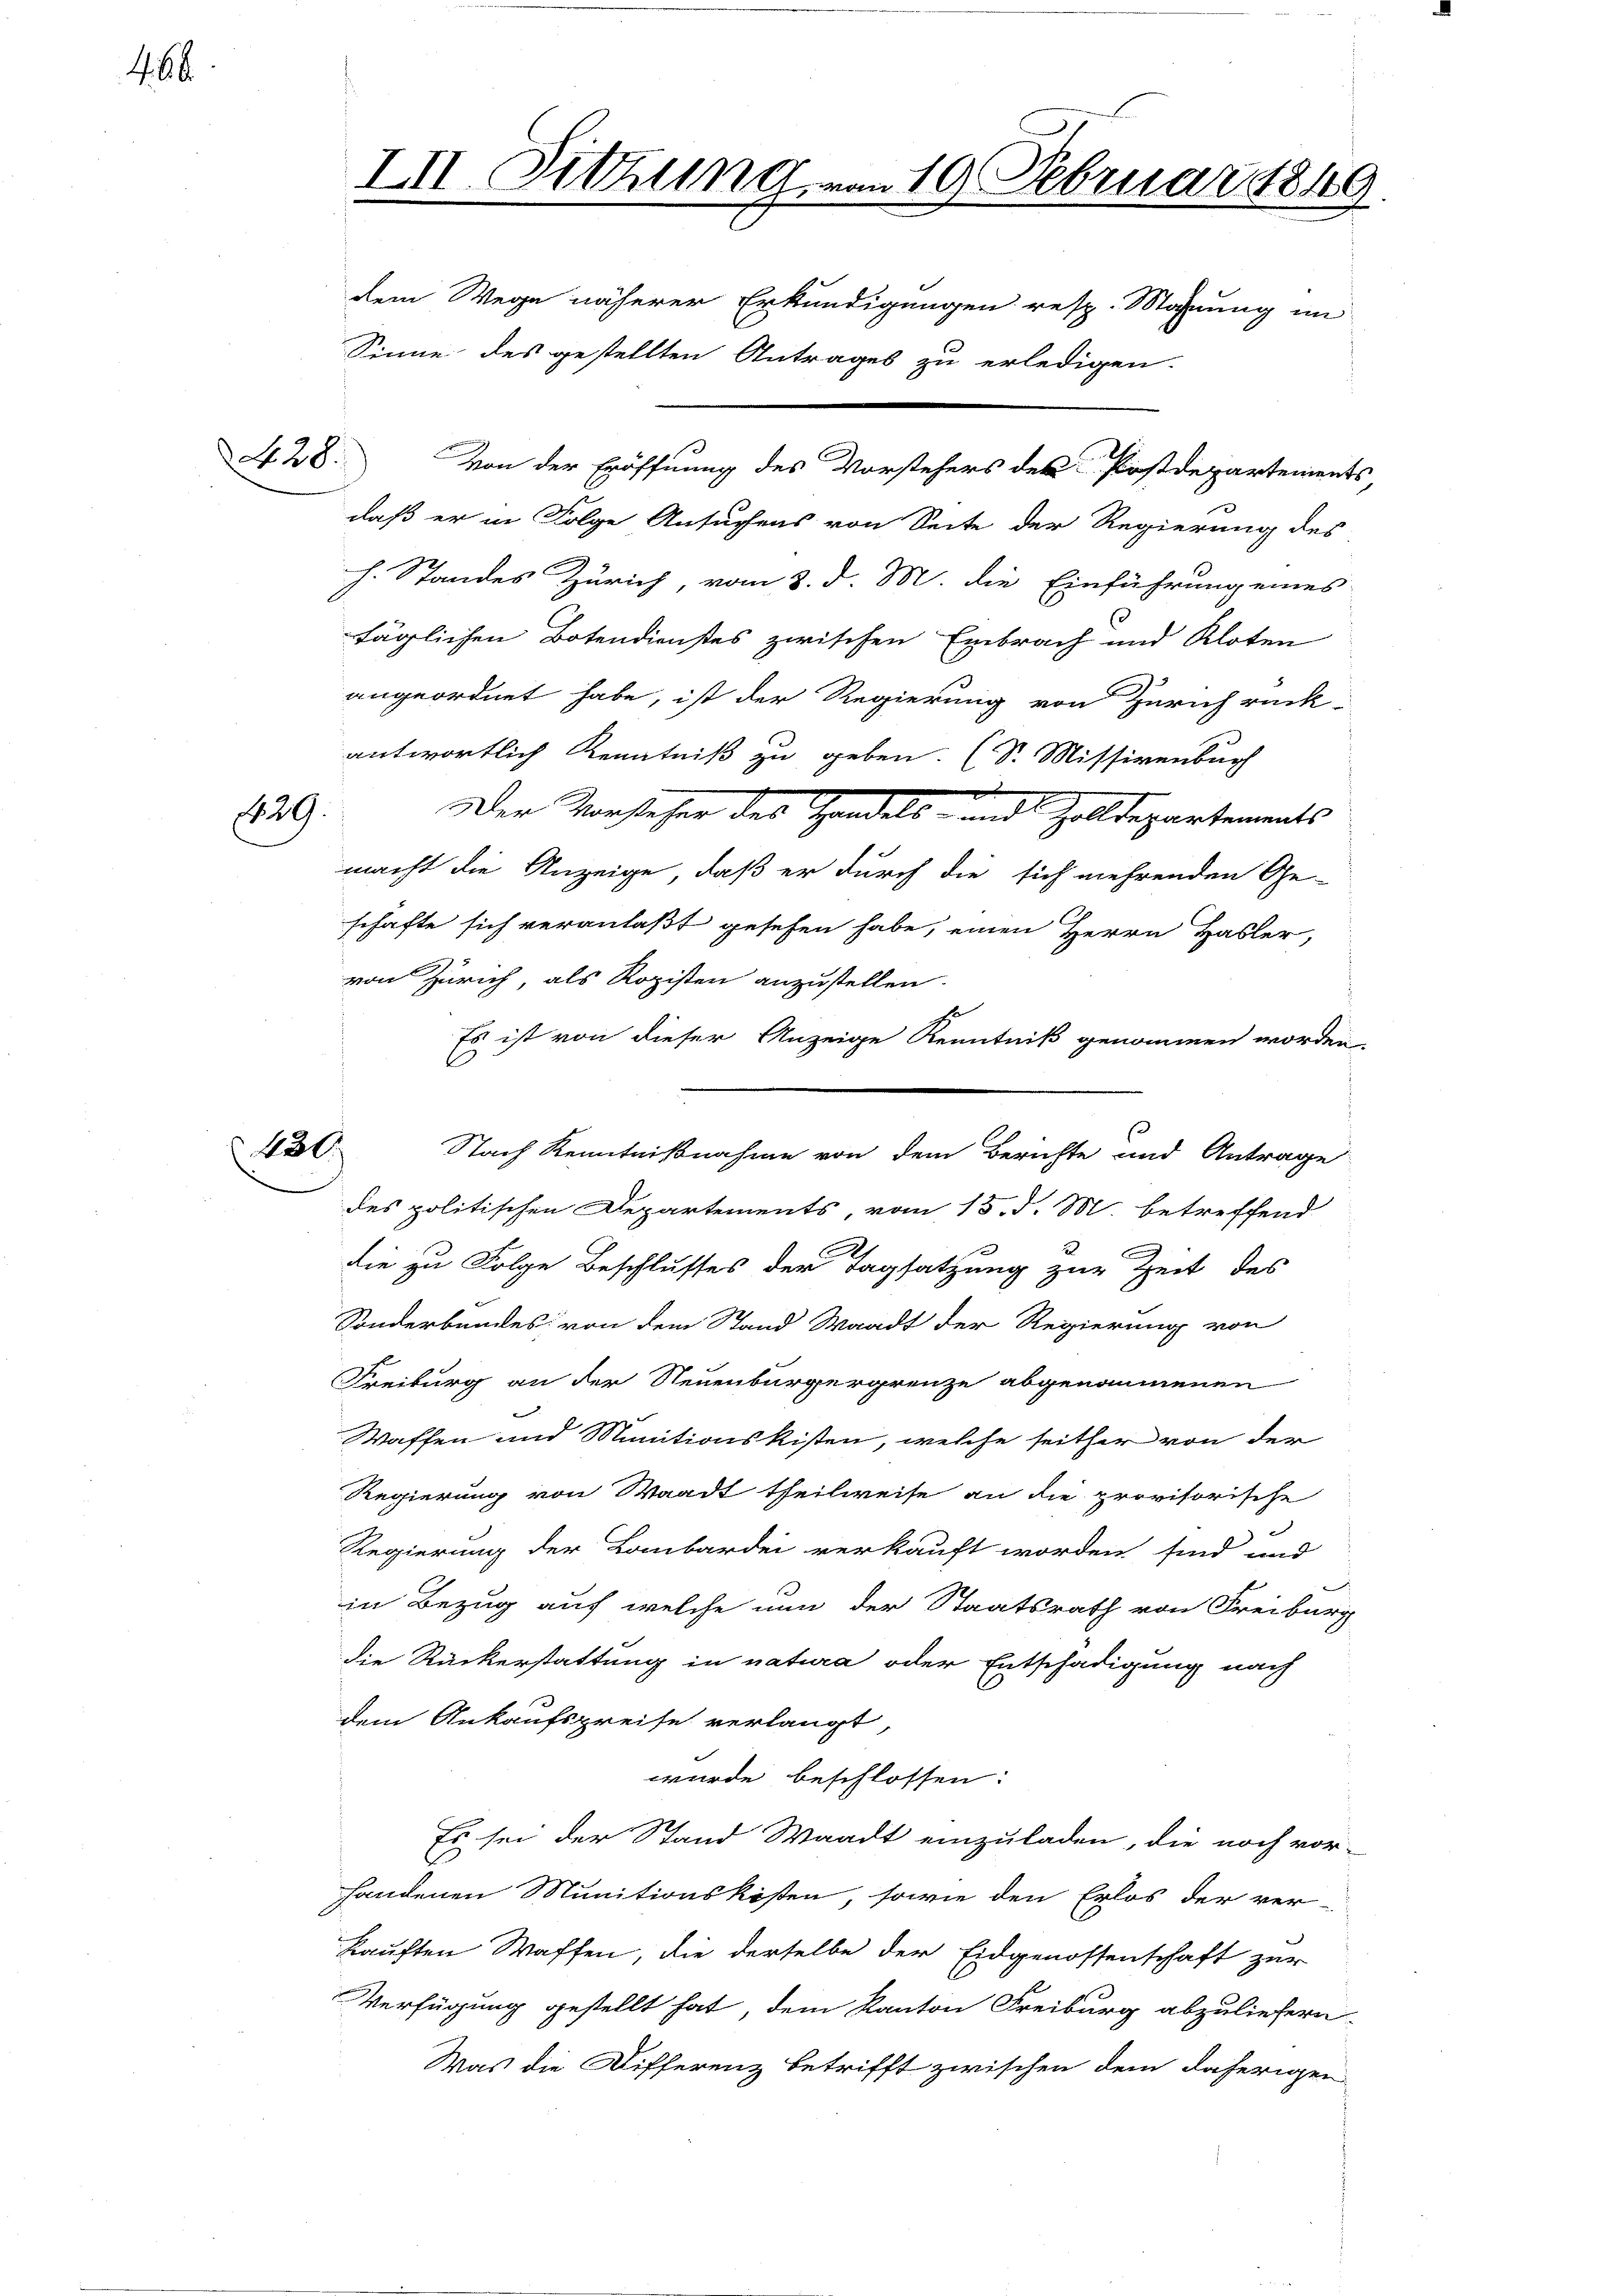
466

No. 28.

829.

430

III. Sitzung vom 19. Februar 1849.

daß er in Folge Ansuchens von Seite der Regierung des
h. Standes Zürich, vom 8. d. M. die Einführung eines
täglichen Botendienstes zwischen Embrach und Kloten
angeordnet habe, ist der Regierung von Zürich rück-
antwortlich Kenntniß zu geben. (S. Missivenbur
Der Vorsteher des Handels- und Zolldepartements
macht die Anzeige, daß er durch die sich mehrenden Ge-
schafte sich veranlaßt gesehen habe, einen Herrn Hasler,
von Zürich, als Rogisten anzustellen.
Es ist von dieser Anzeige Kenntniß genommen worden
des politischen Departements, vom 15. d. M. betreffend
c
die zu Folge Beschlusses der Tagsatzung zur Zeit des
Sonderbundes von dem Stand Waadt der Regierung von
Freiburg an der Neuenburgergrenze abgenommenen
Waffen und Munitionskisten, welche seither von der
Regierung von Waadt theilweise an die provisorische
Regierung der Lombardei verkauft worden sind und
in Bezug auf welche nun der Staatsrath von Freiburg
die Rückerstattung in natura oder Entschädigung nach
dem Ankaufspreise verlangt,
wurde beschlossen:
Es sei der Stand Waadt einzuladen, die noch vor-
handenen Munitionskosten, sowie den Erlös der ver-
kauften Waffen, die derselbe der Eidgenossenschaft zur
Verfügung gestellt hat, dem Kanton Freiburg abzuliefern.
Was die Differenz betrifft zwischen dem daherigen

dem Wege näherer Erkundigungen resp. Mahnung im
Sinne des gestellten Antrages zu erledigen.
Von der Eröffnung des Vorstehers des Postdepartements

Nach Kenntnißnahme von dem Berichte und Antrage